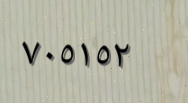
٧٠٥١٥٢